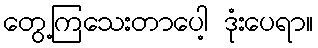
တွေ့ကြသေးတာပေါ့ ဒုံးပေရာ။